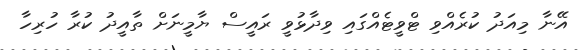
އޭނާ މިއަދު ކުރެއްވި ޓްވީޓެއްގައި ވިދާޅުވީ ރައީސް ޔާމީނަށް ތާއީދު ކުރާ ހުރިހާ